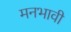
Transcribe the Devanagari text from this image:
मनभावी